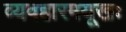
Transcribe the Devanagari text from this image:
व्यवहारमयूखः